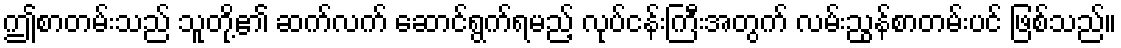
ဤစာတမ်းသည် သူတို့၏ ဆက်လက် ဆောင်ရွက်ရမည့် လုပ်ငန်းကြီးအတွက် လမ်းညွန်စာတမ်းပင် ဖြစ်သည်။